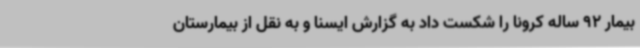
بیمار 92 ساله کرونا را شکست داد به گزارش ایسنا و به نقل از بیمارستان